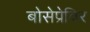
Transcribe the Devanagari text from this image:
बोसेप्रेविर